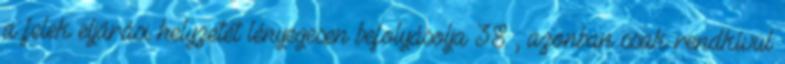
a felek eljárási helyzetét lényegesen befolyásolja 38 , azonban csak rendkívül